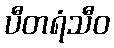
ပီတရံသီဝ